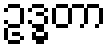
ဥဒ္ဓတာ